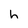
Character: h